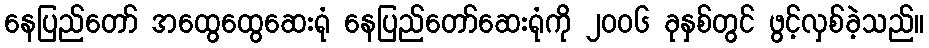
နေပြည်တော် အထွေထွေဆေးရုံ နေပြည်တော်ဆေးရုံကို ၂၀၀၆ ခုနှစ်တွင် ဖွင့်လှစ်ခဲ့သည်။